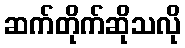
ဆက်တိုက်ဆိုသလို